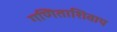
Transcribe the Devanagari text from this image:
गणिताशिवाय